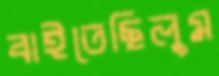
বাইতেছিলুম